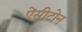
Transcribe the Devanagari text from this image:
ऐंसीटोन